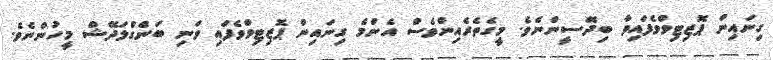
ގިނައިން ޕޮޒިޓިވްވެފައިވާ ބިދޭސީންނެވެ. މީގެތެރެއިންވެސް އެންމެ ގިނައިން ޕޮޒިޓިވްވެފައި ވަނި ބަންގްލަދޭޝް މީހުންނެވެ.